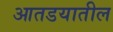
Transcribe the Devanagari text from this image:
आतडयातील